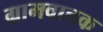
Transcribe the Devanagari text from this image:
ग्रामवाचक